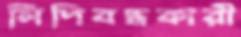
লিপিবদ্ধকারী